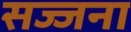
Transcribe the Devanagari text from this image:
सज्जना